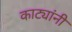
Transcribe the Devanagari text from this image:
काट्यांनी